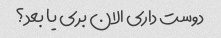
دوست داری الان بری یا بعد؟